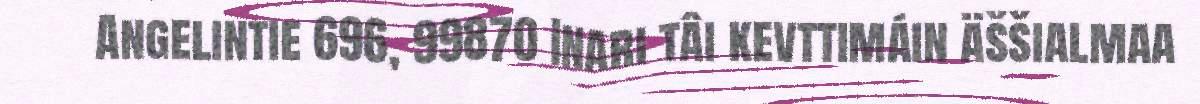
Angelintie 696, 99870 Inari tâi kevttimáin äššialmaa